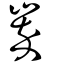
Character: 崒